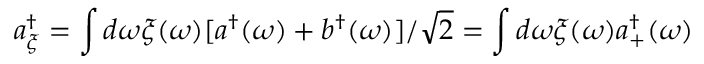
a _ { \xi } ^ { \dagger } = \int d \omega \xi ( \omega ) [ a ^ { \dagger } ( \omega ) + b ^ { \dagger } ( \omega ) ] / \sqrt { 2 } = \int d \omega \xi ( \omega ) a _ { + } ^ { \dagger } ( \omega )